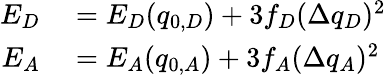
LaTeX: \begin{array}{rl}{E_{D}}&{{}=E_{D}(q_{0,D})+3f_{D}(\Delta q_{D})^{2}}\\ {E_{A}}&{{}=E_{A}(q_{0,A})+3f_{A}(\Delta q_{A})^{2}}\end{array}